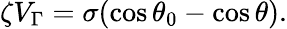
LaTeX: \zeta V_{\Gamma}=\sigma(\cos\theta_{0}-\cos\theta).